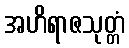
အဟိရာဇသုတ္တံ